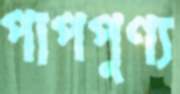
পাপপুণ্য